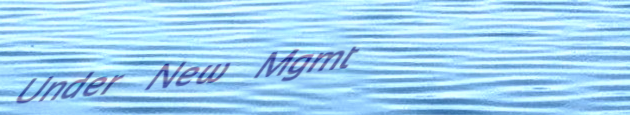
Under New Mgmt